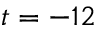
t = - 1 2